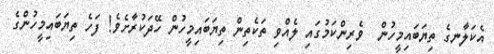
އެކަލާނގެ ތިޔަބައިމީހުން  ވެރިންކަމުގައި ލެއްވި ތަކެތިން ތިޔަބައިމީހުން ހޭދަކުރާށެވެ! ފަހެ ތިޔަބައިމީހުންގެ